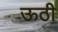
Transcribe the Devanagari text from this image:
ऊठी